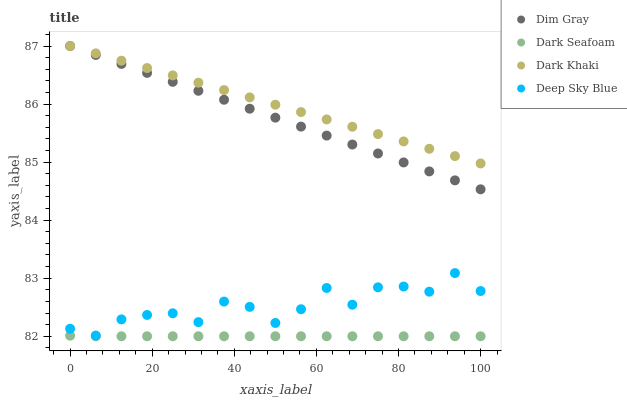
| xaxis_label | Dim Gray | Dark Seafoam | Dark Khaki | Deep Sky Blue |
 | --- | --- | --- | --- | --- |
 | 0 | 87 | 82 | 87 | 82.1 |
 | 6.25 | 86.8 | 82 | 86.9 | 82 |
 | 12.5 | 86.7 | 82 | 86.7 | 82.3 |
 | 18.8 | 86.5 | 82 | 86.6 | 82.4 |
 | 25 | 86.4 | 82 | 86.5 | 82.4 |
 | 31.2 | 86.2 | 82 | 86.4 | 82.2 |
 | 37.5 | 86.1 | 82 | 86.2 | 82.6 |
 | 43.8 | 85.9 | 82 | 86.1 | 82.5 |
 | 50 | 85.8 | 82 | 86 | 82.2 |
 | 56.2 | 85.6 | 82 | 85.9 | 82.5 |
 | 62.5 | 85.5 | 82 | 85.7 | 82.8 |
 | 68.8 | 85.3 | 82 | 85.6 | 82.5 |
 | 75 | 85.1 | 82 | 85.5 | 82.8 |
 | 81.2 | 85 | 82 | 85.4 | 82.9 |
 | 87.5 | 84.8 | 82 | 85.2 | 82.8 |
 | 93.8 | 84.7 | 82 | 85.1 | 83.1 |
 | 100 | 84.5 | 82 | 85 | 82.8 |